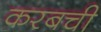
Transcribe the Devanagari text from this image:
करबची